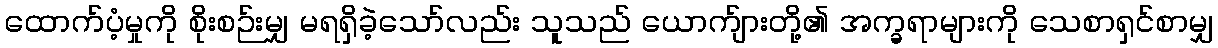
ထောက်ပံ့မှုကို စိုးစဉ်းမျှ မရရှိခဲ့သော်လည်း သူသည် ယောက်ျားတို့၏ အက္ခရာများကို သေစာရှင်စာမျှ